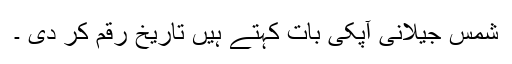
شمس جیلانی آپکی بات کہتے ہیں تاریخ رقم کر دی ۔